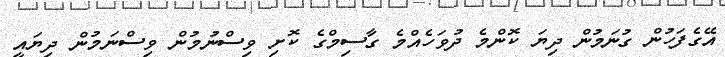
އޭގެފަހުން ގުނަމުން ދިޔަ ކޮންމެ ދުވަހެއްމެ ގާސިމްގެ ކޮށި ވިސްނުމުން ވިސްނަމުން ދިޔައީ